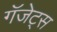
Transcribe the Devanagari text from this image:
गॅजेट्स